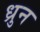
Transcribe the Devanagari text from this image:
ध्रुन